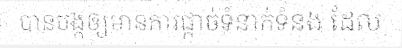
បានបង្កឲ្យមានការផ្តាច់ទំនាក់ទំនង ដែល